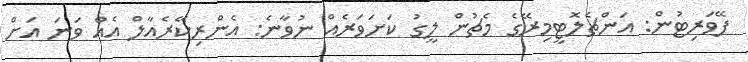
ފޭވަރިޓުން: އަންޗެލޮޓީމިރޭގެ މެޗުން ލީގު ކަށަވަރެއް ނުވާނެ: އެންރިކޭރެއާލް އެއް ވަނަ އަށް